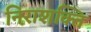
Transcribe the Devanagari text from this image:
निराशक्ति